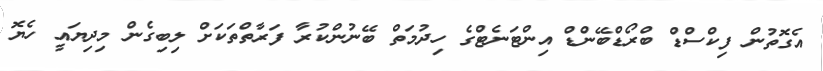
އެގޮތުން ފިކްސްޑް ބްރޯޑްބޭންޑް އިންޓަނެޓްގެ ހިދުމަތް ބޭނުންކުރާ ފަރާތްތަކަށް ލިބިގެން މިދިޔައީ ހެޔޮ